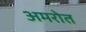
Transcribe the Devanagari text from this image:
अमरोत